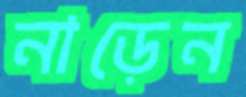
নাড়েন